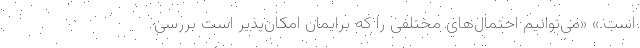
است.» «می‌توانیم احتمال‌های مختلفی را که برایمان امکان‌پذیر است بررسی